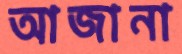
আজানা